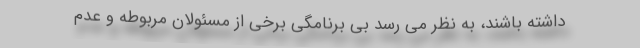
داشته باشند، به نظر می رسد بی برنامگی برخی از مسئولان مربوطه و عدم